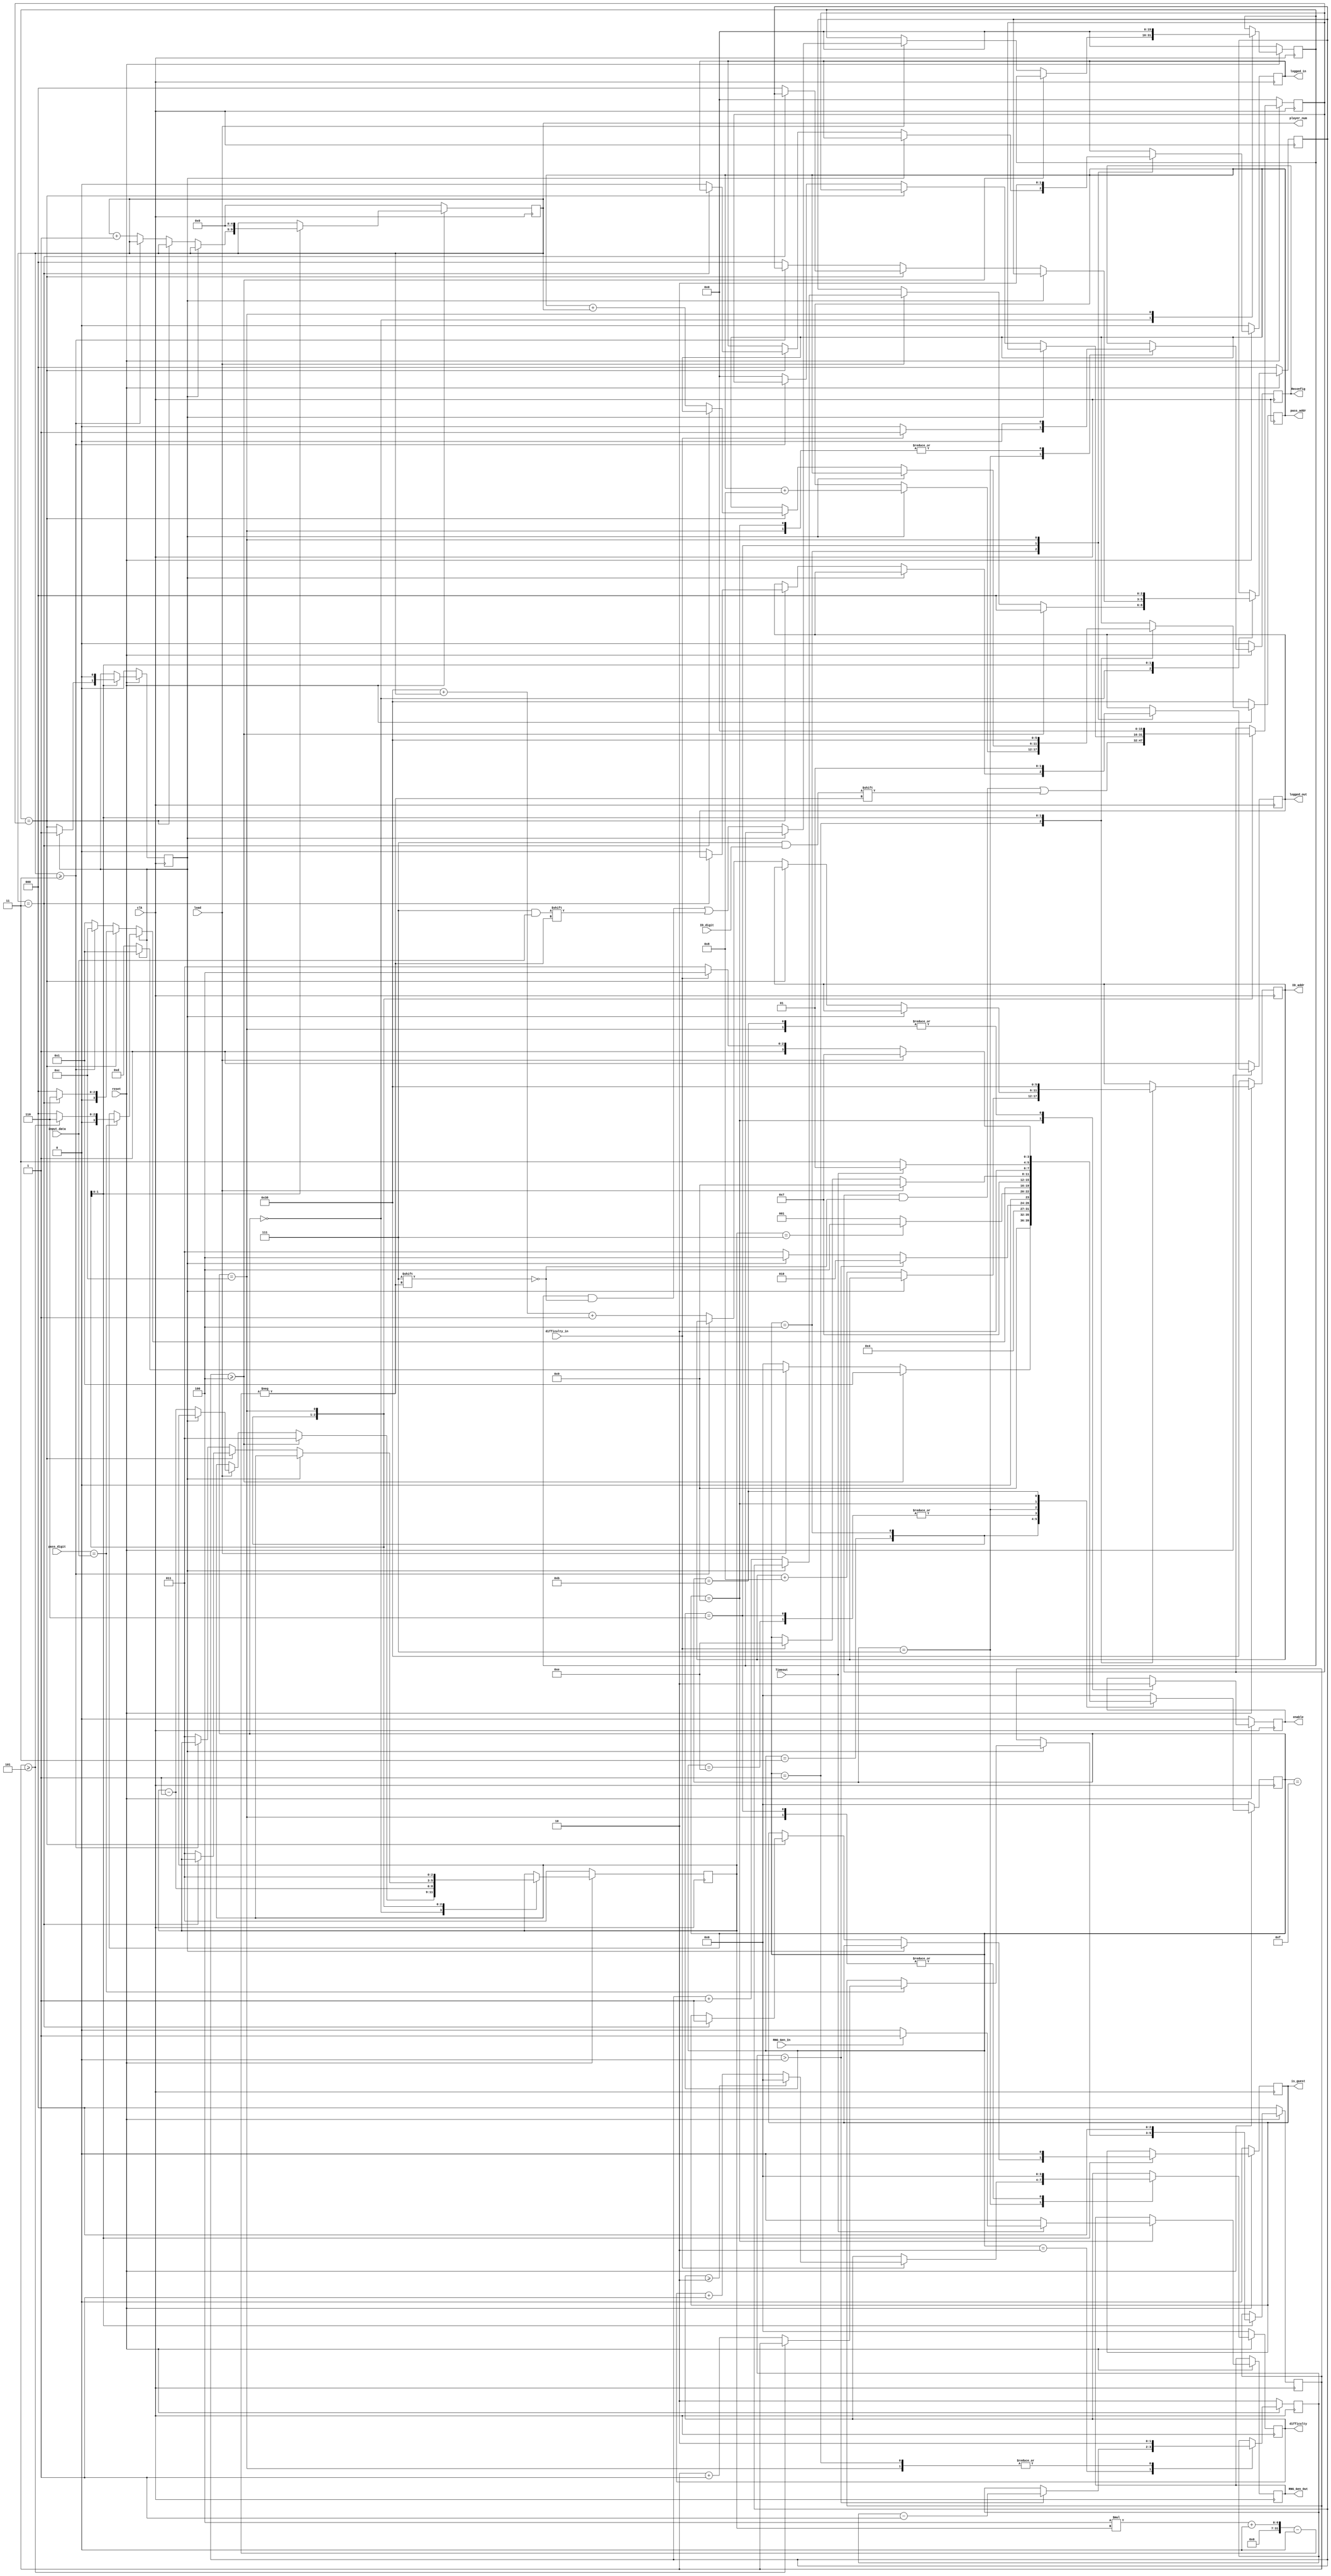
module AccessController(clk, reset, input_data, ID_digit, pass_digit, load, difficulty_in, Timeout, 
						ID_addr, pass_addr, logged_in, logged_out, is_guest, difficulty, Reconfig, enable, 
						RNG_Gen_In, RNG_Gen_Out, player_num);
    input clk, reset;
	input [3:0] input_data;
	input [3:0] ID_digit;
    input [3:0] pass_digit;
    input load, difficulty_in, Timeout;
	input RNG_Gen_In;
    output reg [5:0] ID_addr;
    output reg [5:0] pass_addr;
    output reg logged_in, logged_out, is_guest, Reconfig, enable;
	output reg [3:0] difficulty;
	output reg RNG_Gen_Out;
    output reg [4:0] player_num;

    reg[3:0] State;
    reg[2:0] ID_count;
    reg[2:0] pass_count;
    reg[1:0] cycle;
    reg ID_passed;
	reg [15:0] fetched_IDs;
    reg [15:0] input_ID;
	reg [2:0] idx;
    reg [2:0] size;
	

    parameter Wait = 0, Fetch = 1, Cycle = 2, GetID = 3, Compare = 4, ID_verified = 5, Authenticated = 6, 
			setDifficulty = 7, setTimer = 8, GameStart = 9, GameOver = 11, Reset = 12, tmp = 13, tmp2 = 14, tmp3 = 15;

    initial begin
		State <= Wait;
		ID_addr <= 6'b111000;
        pass_addr <= 6'b111000;
		logged_in <= 1'b0;
		logged_out <= 1'b1;
        ID_count <= 3'b000;
		pass_count <= 3'b000;
		cycle <= 2'b10;
		ID_passed <= 1'b0;
		idx <= 3'b011;
		size <= 3'b000;
		player_num <= 3'b000;
		is_guest <= 1'b0;
	    fetched_IDs <= 0;
        input_ID <= 0;
		difficulty <= 4'b0000;
		Reconfig <= 1'b0;
		enable <= 1'b0;
    end

    always@(posedge clk) begin
	if(reset == 1'b0) begin
	    State <= Wait;
		ID_addr <= 6'b111000;
        pass_addr <= 6'b111000;
	    logged_in <= 1'b0;
		logged_out <= 1'b1;
        ID_count <= 3'b000;
		pass_count <= 3'b000;
		ID_passed <= 1'b0;
		cycle <= 2'b10;
		idx <= 3'b011;
		size <= 3'b000;
		player_num <= 3'b000;
		is_guest <= 1'b0;
		fetched_IDs <= 0;
        input_ID <= 0;
		difficulty <= 4'b0000;
		Reconfig <= 1'b0;
		enable <= 1'b0;
	end
	else begin
	    case(State)
		tmp: begin
			State <= Wait;
		end
		tmp2: begin
			State <= setDifficulty;
		end
		tmp3: begin
			State <= GameStart;
		end
		Wait: begin
			//if 4-digit input ID is taken, start fetch ID from ROM
			if(size >= 3'b100) begin
				size <= 3'b000;
				idx <= 3'b011;
				State <= Fetch;
			end
			else if(load == 1'b1) begin
				if(ID_passed == 1'b0) begin
					//get full user ID input
					input_ID[4*idx +:3] <= input_data;
					idx <= idx - 1'b1;
					size <= size + 1'b1;
					State = tmp;
				end
				else begin
					State <= Fetch;
				end
		    end
		    else begin
				State <= Wait;
		    end
		end
		Fetch: begin
		    if(ID_passed == 1'b1) begin
		        pass_addr <= pass_addr + 4'b1000;
				cycle <= 2'b10;
				State <= Cycle;
		    end
		    else begin
				ID_addr <= ID_addr + 4'b1000;
				cycle <= 2'b10;
				State <= Cycle;
		    end
		end
		Cycle: begin
				//Get data from ROM and takes two cycles
				if(cycle > 1'b0) begin
					cycle <= cycle - 1;
					State <= Cycle;
				end
				else if(ID_passed == 1'b0) begin
					State <= GetID;
				end
				else begin
					State <= Compare;
				end
		end
		GetID: begin
			//Stored Rom ID to a buffer
			fetched_IDs[4*idx+:3] <= ID_digit;
			idx <= idx - 1'b1;
			if(idx == 3'b111) begin
				State <= Compare;
			end 
			else begin
				State <= Fetch;
			end		
		end
		Compare: begin
		    if(ID_passed == 1'b0) begin
				ID_passed = (input_ID == fetched_IDs);
				if(ID_passed == 1'b1) begin
					if(player_num == 3'b011) begin
						is_guest <= 1'b1;
						State <= Authenticated;
					end
					else begin
						//To specify whther the user is ID verified.
						logged_in <= 1'b0;
						logged_out <= 1'b0;
						size <= 3'b000;
						idx <= 3'b011;
						//Adjust the password address entry according to the player number.
						pass_addr <= pass_addr + player_num;
						State <= Wait;
					end
				end
				else begin//compare with the different ID
					if(player_num >= 3'b011) begin
						//User info not found, go back to the initial state
						State <= Reset;
					end
					else begin
						player_num <= player_num + 1'b1;
						ID_addr <= 6'b111000 + player_num + 1'b1;
						fetched_IDs <= 0;
						idx <= 3'b011;
						size <= 3'b000;
						State <= Fetch;
					end
				end
		    end
		    //ID already verified, check password
		    else begin
		        if(pass_digit == input_data) begin//correct password 
					if(pass_count >= 3'b101) begin
						State <= Authenticated;
					end
					else begin
						pass_count <= pass_count + 1;
						State <= Wait;
					end
		        end
		    end
		end
		Authenticated: begin
			logged_in <= 1'b1;
			logged_out <= 1'b0;
			difficulty <= 4'b0000;
			State <= setDifficulty;
		end
		setDifficulty: begin
			Reconfig <= 1'b0;
			if(difficulty_in == 1'b1) begin
				if(difficulty >= 4'b0010) begin
					difficulty <= 4'b0000;
					Reconfig <= 1'b1;
					State <= tmp2;
				end
				else begin
					difficulty <= difficulty + 1'b1;
					Reconfig <= 1'b1;
					State <= tmp2;
				end
			end
			if(load == 1'b1) begin
				State <= GameStart;
			end
		end
		//setTimer: begin
			//if(load == 1'b1) begin
				//State <= GameStart;
			//end
			//else begin
				//State <= setTimer;
			//end
		//end
		GameStart: begin
			enable <= 1'b1;
			Reconfig <= 1'b0;
			RNG_Gen_Out <= 1'b0;
			//Timeout is inverse logic!!
			//Timeout == 1'b0: time is up
			//Timeout == 1'b1: timer is still running
			if(Timeout == 1'b0) begin
				State <= GameOver;
			end
			else begin
				if(RNG_Gen_In == 1'b1) begin
					RNG_Gen_Out <= 1'b1;
				end
				State <= GameStart;				
			end
		end
		GameOver: begin
			enable <= 1'b0;
			//restar the game
			if(load == 1'b1) begin
				State <= setDifficulty;
			end
			//log out
			else if(difficulty_in == 1'b1) begin
				State <= Reset;
			end
			else begin
				State <= GameOver;
			end
		end
		Reset: begin
			State <= Wait;
			ID_addr <= 6'b111000;
			pass_addr <= 6'b111000;
			logged_in <= 1'b0;
			logged_out <= 1'b1;
			ID_count <= 3'b000;
			pass_count <= 3'b000;
			cycle <= 2'b10;
			ID_passed <= 1'b0;
			idx <= 3'b011;
			size <= 3'b000;
			player_num <= 3'b000;
			is_guest <= 1'b0;
			fetched_IDs <= 0;
			input_ID <= 0;
			difficulty <= 4'b0000;
			Reconfig <= 1'b0;
			enable <= 1'b0;
		end
		default begin
			State <= Wait;
		end
		endcase
	end
    end
endmodule